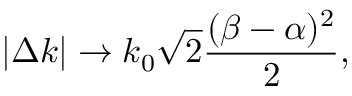
| \Delta k | \to k _ { 0 } \sqrt { 2 } \frac { ( \beta - \alpha ) ^ { 2 } } { 2 } ,